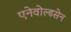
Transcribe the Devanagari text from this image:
एनेवोल्डसेन